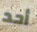
أحد